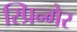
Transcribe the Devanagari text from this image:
स्प्रिन्गेर